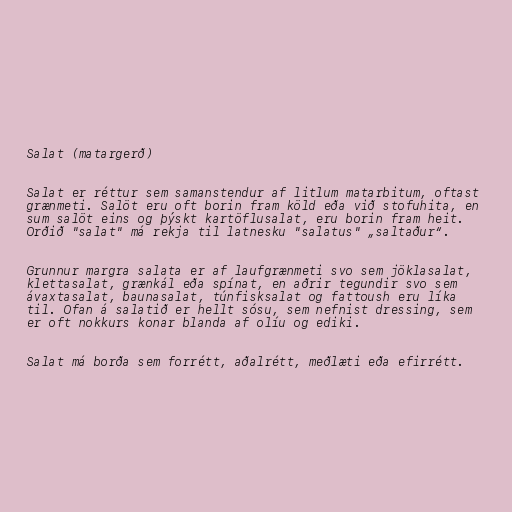
Salat (matargerð)

Salat er réttur sem samanstendur af litlum matarbitum, oftast
grænmeti. Salöt eru oft borin fram köld eða við stofuhita, en
sum salöt eins og þýskt kartöflusalat, eru borin fram heit.
Orðið "salat" má rekja til latnesku "salatus" „saltaður“.

Grunnur margra salata er af laufgrænmeti svo sem jöklasalat,
klettasalat, grænkál eða spínat, en aðrir tegundir svo sem
ávaxtasalat, baunasalat, túnfisksalat og fattoush eru líka
til. Ofan á salatið er hellt sósu, sem nefnist dressing, sem
er oft nokkurs konar blanda af olíu og ediki.

Salat má borða sem forrétt, aðalrétt, meðlæti eða efirrétt.